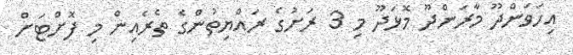
އިހަވަންދޫ މާރަންދޫ މޮޅަދޫ މި 3 ރަށުގެ ރައްޔިތުންގެ ތެރެއިން މި ފޮށްޓަށް